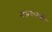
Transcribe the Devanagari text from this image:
मंडपासमोर